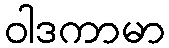
ဝါဒကာမာ